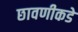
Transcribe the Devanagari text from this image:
छावणीकडे